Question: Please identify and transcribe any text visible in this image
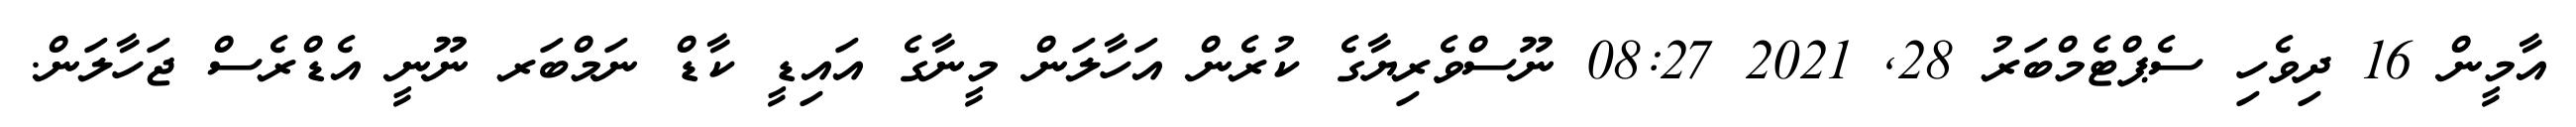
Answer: އާމީން 16 ދިވެހި ސެޕްޓެމްބަރު 28, 2021 08:27 ނޫސްވެރިޔާގެ ކުރެން އަހާލަން މީނާގެ އައިޑީ ކާޑް ނަމްބަރ ނޫނީ އެޑްރެސް ޖަހާލަން.